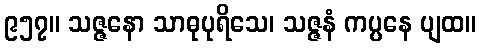
၉၅၇။ သဇ္ဇနော သာဓုပုရိသေ၊ သဇ္ဇနံ ကပ္ပနေ ပျထ။